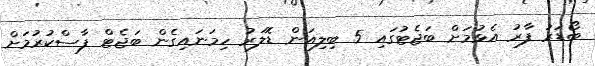
ބޯޑަރު ފާރު އެޅުމަށް ބަޖެޓުގައި 5 ބިލިއަން ޑޮލަރު ހިމަނައިގެން ބަޖެޓް ފާސްކުރުމަށް